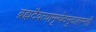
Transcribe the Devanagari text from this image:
ब्रह्मदैवत्यामृग्वेदमुदाहरन्तीं